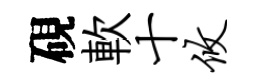
硯軟十攸